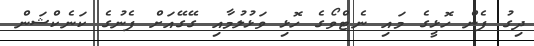
ދިގު ފެން ހޮޅީގެ މައި ނެޓްވޯގެ ހޮޅި ވަޅުލުމާއި ގޭގޭއަށް ފެނުގެ ކަނެކްޝަން